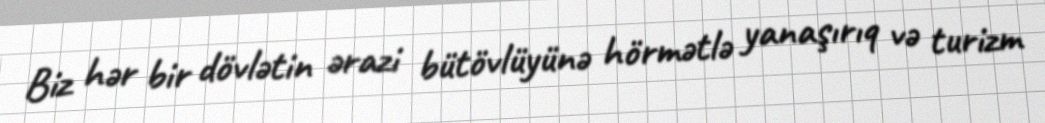
Biz hər bir dövlətin ərazi bütövlüyünə hörmətlə yanaşırıq və turizm